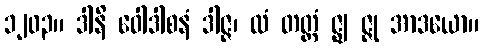
၁၂၀၃။ ဒါနိ ဝေါဒါစနံ ဒါဇ္ဇ၊ ထံ တတ္တံ ဇ္ဈ ဇ္ဇု အာဒယော။